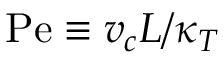
\mathrm { P e } \equiv v _ { c } L / \kappa _ { T }